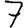
Digit: 7